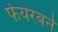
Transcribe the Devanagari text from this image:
फेयरबर्न